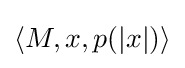
\langle M,x,p(|x|)\rangle